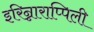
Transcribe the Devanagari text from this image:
इरिन्नाराप्पिली